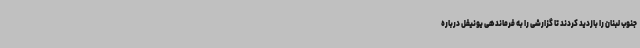
جنوب لبنان را بازدید کردند تا گزارشی را به فرماندهی یونیفل درباره